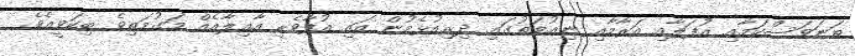
ތަނަވަސްކަމާއި އުފަލާއި އަރާމާއި ނިޢުމަތުގައި ދިރިއުޅެމުން އައި އުފާވެރި އާއިލާއެއް މަގުމަތިވެ ބިކަވީއެވެ.